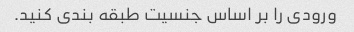
ورودی را بر اساس جنسیت طبقه بندی کنید.